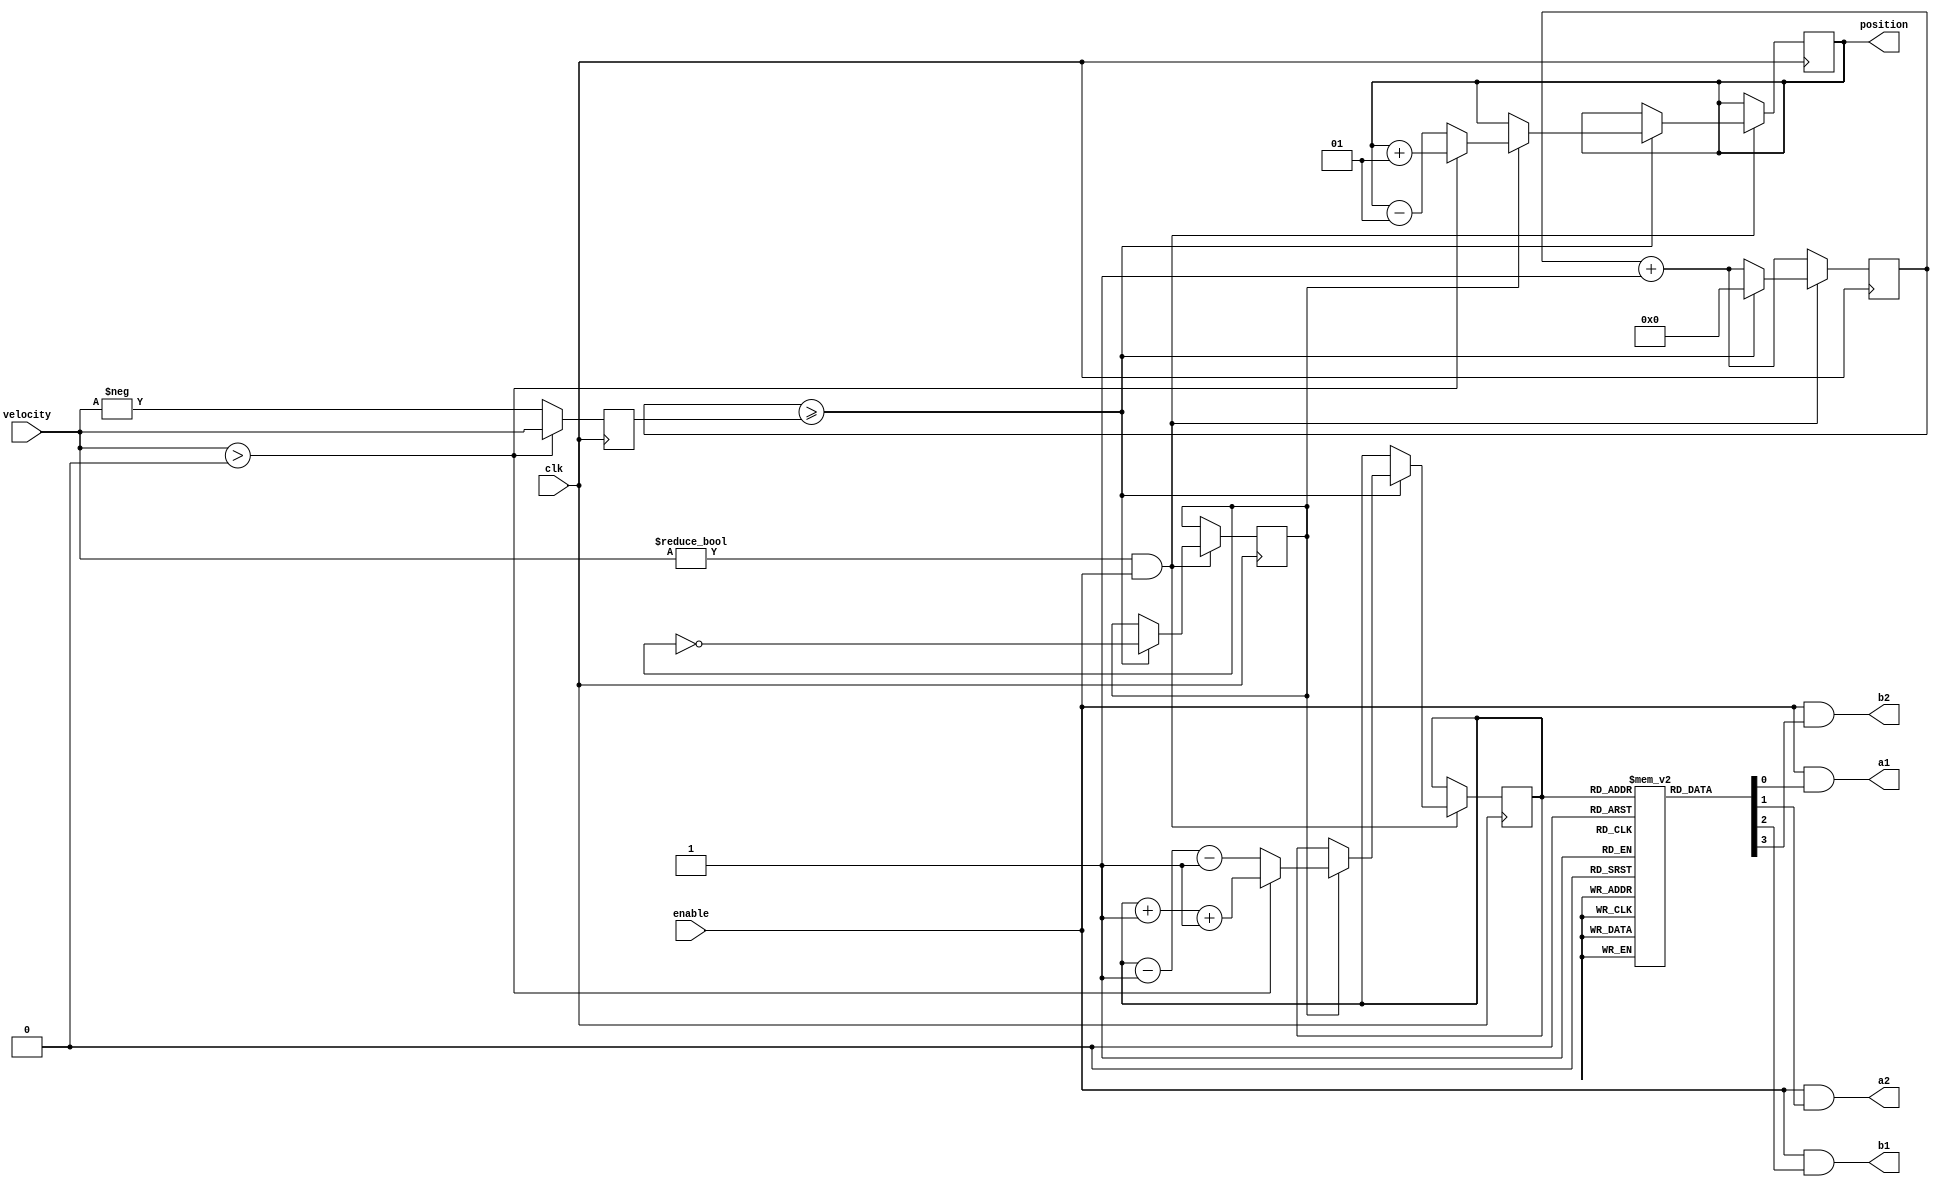
// This program was cloned from: https://github.com/multigcs/riocore
// License: GNU General Public License v2.0


module stepper
    #(
        parameter STEPTYPE = 1
    )
    (
        input clk,
        input enable,
        input signed [31:0] velocity,
        output signed [31:0] position,
        output a1,
        output a2,
        output b1,
        output b2
    );

    localparam TYPE_WAVE = 0;
    localparam TYPE_FULL = 1;
    localparam TYPE_HALF = 2;

    reg step = 0;
    wire DIR;
    assign DIR = (velocity > 0);
    reg [31:0] jointCounter = 32'd0;
    reg [31:0] velocityAbs = 32'd0;
    reg signed [31:0] positionMem = 32'd0;

    reg double = 0;
    reg [2:0] unipos = 0;
    reg [3:0] seq [0:7];
    initial begin
        if (STEPTYPE == TYPE_WAVE || STEPTYPE == TYPE_HALF) begin
            if (STEPTYPE == TYPE_WAVE) begin
                double <= 1;
            end else begin
                double <= 0;
            end
            seq[0] <= 4'b1000;
            seq[1] <= 4'b1100;
            seq[2] <= 4'b0100;
            seq[3] <= 4'b0110;
            seq[4] <= 4'b0010;
            seq[5] <= 4'b0011;
            seq[6] <= 4'b0001;
            seq[7] <= 4'b1001;
        end else if (STEPTYPE == TYPE_FULL) begin
            double <= 1;
            seq[0] <= 4'b1001;
            seq[1] <= 4'b1001;
            seq[2] <= 4'b1100;
            seq[3] <= 4'b1100;
            seq[4] <= 4'b0110;
            seq[5] <= 4'b0110;
            seq[6] <= 4'b0011;
            seq[7] <= 4'b0011;
        end
    end

    assign a1 = enable && (seq[unipos][0]);
    assign a2 = enable && (seq[unipos][1]);
    assign b1 = enable && (seq[unipos][2]);
    assign b2 = enable && (seq[unipos][3]);

    assign position = positionMem;
    always @ (posedge clk) begin
        if (DIR) begin
            velocityAbs <= velocity;
        end else begin
            velocityAbs <= -velocity;
        end
        jointCounter <= jointCounter + 1;
        if (velocity != 0 && enable == 1) begin
            if (jointCounter >= velocityAbs) begin
                step <= ~step;
                jointCounter <= 32'b0;
                if (step) begin
                    if (DIR) begin
                        positionMem <= positionMem + 1;
                        unipos <= unipos + 1 + double;
                    end else begin
                        positionMem <= positionMem - 1;
                        unipos <= unipos - 1 - double;
                    end
                end
            end
        end
    end
endmodule